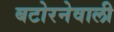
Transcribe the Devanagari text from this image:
बटोरनेवाली